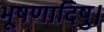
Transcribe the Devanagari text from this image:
भूषणादिषु।